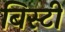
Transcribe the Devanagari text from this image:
बिस्टी